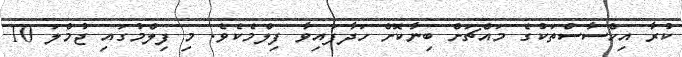
ކުރާ އިހްސާސްތަކުގެ މައްޗަށް ބިނާކޮށް ހަދާފައިވާ ފިލްމެކެވެ. މި ފިލްމުގައި ޖުމްލަ 10